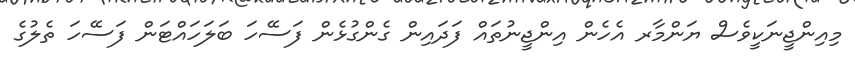
މިއިންޖީނަކީވެސް ޔަންމާރ އެހެން އިންޖީނުތައް ފަދައިން ގެންގުޅެން ފަސޭހަ ބަލަހައްޓަން ފަސޭހަ ތެލުގެ